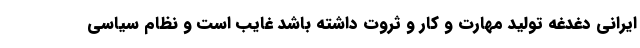
ایرانی دغدغه تولید مهارت و کار و ثروت داشته باشد غایب است و نظام سیاسی